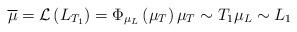
LaTeX: \begin{align*}\overline{\mu }=\mathcal{L}\left( L_{T_{1}}\right) =\Phi _{\mu _{L}}\left(\mu _{T}\right) \mu _{T}\sim T_{1}\mu _{L}\sim L_{1} \end{align*}